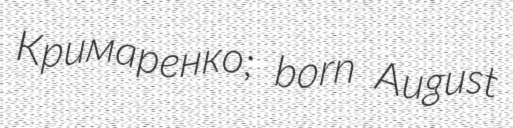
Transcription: Кримаренко; born August